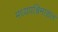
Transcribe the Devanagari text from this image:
मध्यपश्चिमाञ्चल